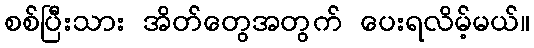
စစ်ပြီးသား အိတ်တွေအတွက် ပေးရလိမ့်မယ်။